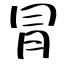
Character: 冐